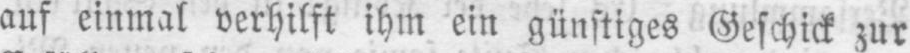
auf einmal verhilft ihm ein günstiges Geschick zur